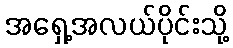
အရှေ့အလယ်ပိုင်းသို့